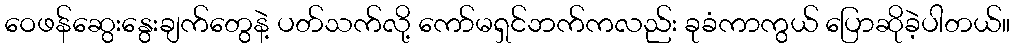
ဝေဖန်ဆွေးနွေးချက်တွေနဲ့ ပတ်သက်လို့ ကော်မရှင်ဘက်ကလည်း ခုခံကာကွယ် ပြောဆိုခဲ့ပါတယ်။